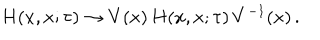
H ( x , x ; \tau ) \to V ( x ) \, H ( x , x ; \tau ) \, V ^ { - 1 } ( x ) \, .